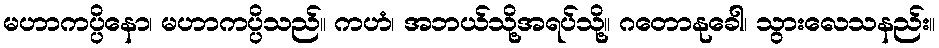
မဟာကပ္ပိနော၊ မဟာကပ္ပိသည်။ ကဟံ၊ အဘယ်သို့အရပ်သို့။ ဂတောနုခေါ၊ သွားလေသနည်း။